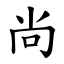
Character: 尚